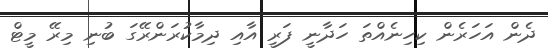
ދެން އަހަރެން ކިހިނެއްތަ ހަދާނީ ފަރީ އާއި ދިމާކުރަންރޭގަ ބުނި މިރޭ މީޓް